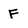
Character: F